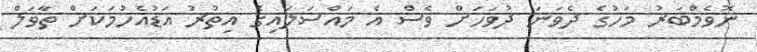
ނޮވެމްބަރު މަހުގެ ދެވަނަ ދުވަހަށް ވެސް އެ މައްސަލައިގެ އިތުރު އަޑުއެހުމަކަށް ތާވަލް